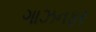
ગાઝનફર